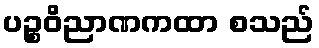
ပဉ္စဝိညာဏကထာ စသည်